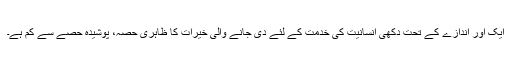
ایک اور اندازے کے تحت دکھی انسانیت کی خدمت کے لئے دی جانے والی خیرات کا ظاہری حصہ، پوشیدہ حصے سے کم ہے۔